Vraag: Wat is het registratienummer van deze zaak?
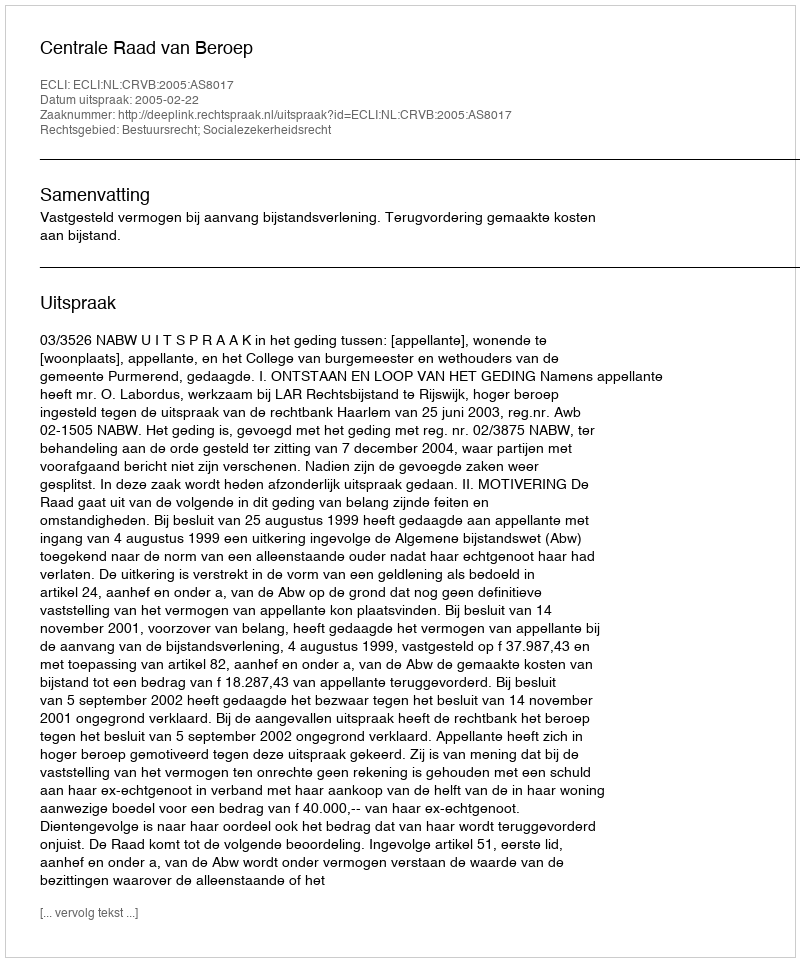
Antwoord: http://deeplink.rechtspraak.nl/uitspraak?id=ECLI:NL:CRVB:2005:AS8017